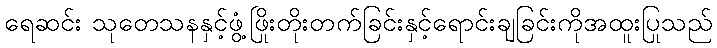
ရေဆင်း သုတေသနနှင့်ဖွံ့ဖြိုးတိုးတက်ခြင်းနှင့်ရောင်းချခြင်းကိုအထူးပြုသည်